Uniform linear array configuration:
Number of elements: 12
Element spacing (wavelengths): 1
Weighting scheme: uniform
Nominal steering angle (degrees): -45
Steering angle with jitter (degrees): -46.456
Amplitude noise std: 0.05
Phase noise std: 0.05

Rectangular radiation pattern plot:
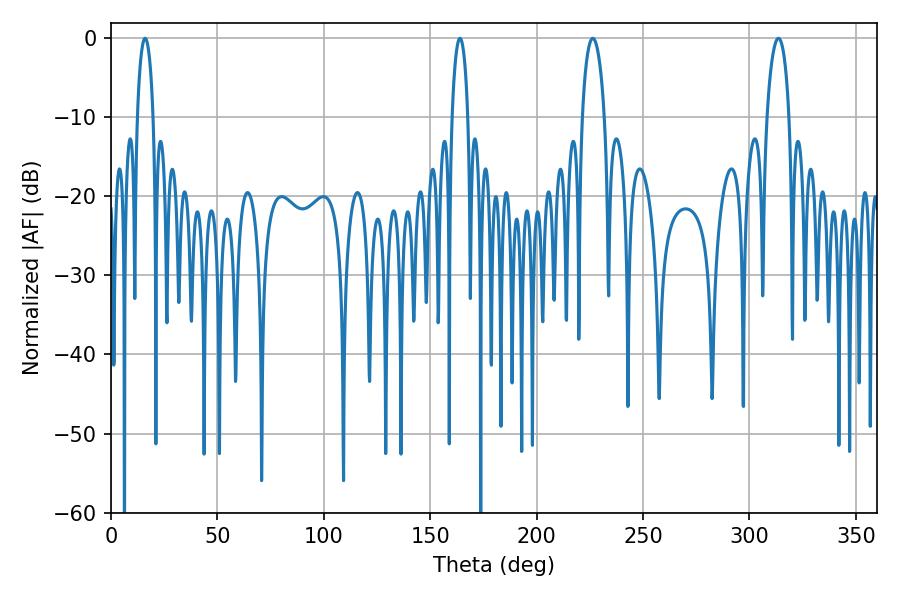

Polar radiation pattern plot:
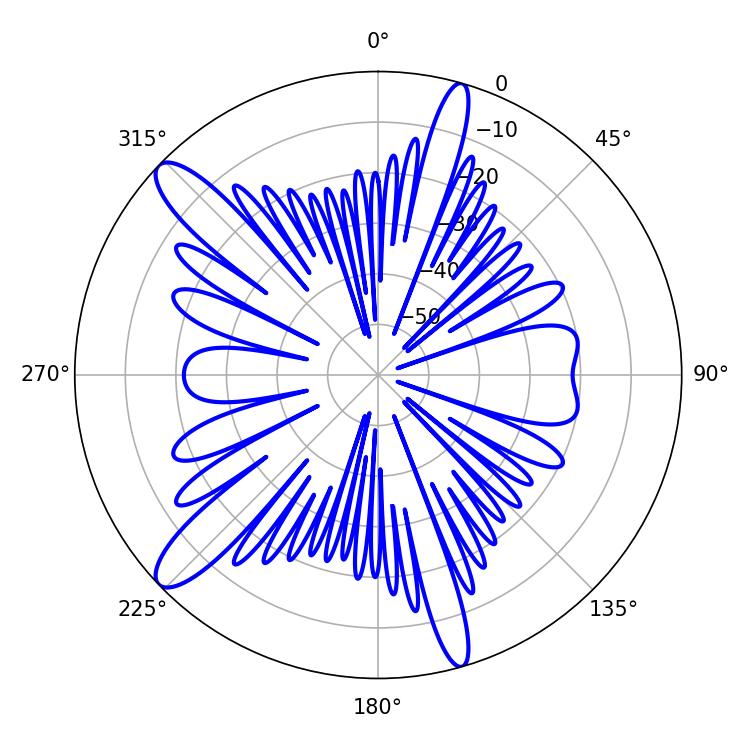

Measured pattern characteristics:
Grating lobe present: TRUE
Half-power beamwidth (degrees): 4.32
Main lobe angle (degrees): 16.02